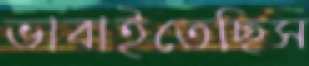
ভাবাইতেছিস